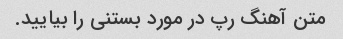
متن آهنگ رپ در مورد بستنی را بیایید.